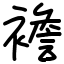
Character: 襜